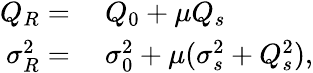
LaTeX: \begin{array}{rl}{Q_{R}=}&{{}\ Q_{0}+\mu Q_{s}}\\ {\sigma_{R}^{2}=}&{{}\ \sigma_{0}^{2}+\mu(\sigma_{s}^{2}+Q_{s}^{2}),}\end{array}